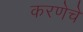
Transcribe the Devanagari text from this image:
करणेचे